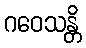
ဂဝေသန္တိ